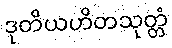
ဒုတိယဟိတသုတ္တံ